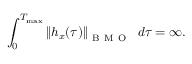
\int _ { 0 } ^ { T _ { \operatorname* { m a x } } } \left\| h _ { x } ( \tau ) \right\| _ { \mathrm { ~ B ~ M ~ O ~ } } \ d \tau = \infty .